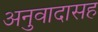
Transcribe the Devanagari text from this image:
अनुवादासह